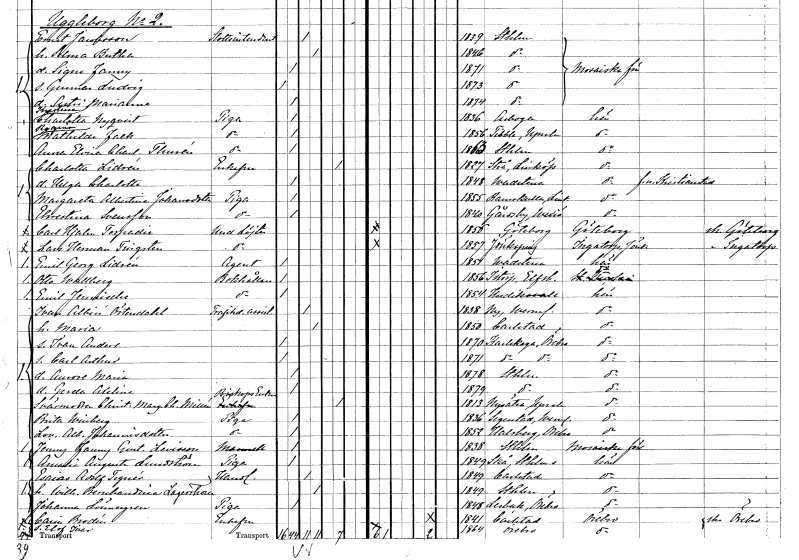
gt_parse: households: individuals: FN: Charlotta
EN: Lidrén
KON: K
CIV: E
FODAR: 1827
FODFORS: Strå Östergötlands län
FN: Helga Charlotta
KON: K
CIV: O
FODAR: 1848
FODFORS: Vadstena Östergötlands län
FN: Margareta Albertina
EN: Johansdotter
YRKE: Piga
KON: K
CIV: O
FODAR: 1855
FODFORS: Rumskulla Kalmar län
FN: Christina
EN: Svensson
YRKE: Piga
KON: K
CIV: O
FODAR: 1840
FODFORS: Gårdsby Kronobergs län
FN: Carl Hjalmar
EN: Torpadie
YRKE: Underlöjtnant
KON: M
CIV: O
FODAR: 1856
FODFORS: Göteborg Göteborgs- och Bohuslän
FN: Lars Herman
EN: Tingsten
YRKE: Underlöjtnant
KON: M
CIV: O
FODAR: 1857
FODFORS: Jönköping Jönköpings län
FN: Emil Georg
EN: Lidrén
YRKE: Agent
KON: M
CIV: O
FODAR: 1851
FODFORS: Vadstena Östergötlands län
FN: Otto
EN: Wallberg
YRKE: Bokhållare
KON: M
CIV: O
FODAR: 1856
FODFORS: Istorp Älvsborgs län
FN: Emil
EN: Jennische
YRKE: Bokhållare
KON: M
CIV: O
FODAR: 1854
FODFORS: Hudiksvall Gävleborgs län
FN: Ivan Albin
EN: Östendahl
YRKE: Trafikdirektörsassistent
KON: M
CIV: G
FODAR: 1838
FODFORS: Ny Värmlands län
FN: Maria
KON: K
CIV: G
FODAR: 1850
FODFORS: Karlstad Värmlands län
FN: Ivan Anders
KON: M
CIV: O
FODAR: 1870
FODFORS: Karlskoga Örebro län
FN: Carl Arthur
KON: M
CIV: O
FODAR: 1871
FODFORS: Karlskoga Örebro län
FN: Aurore Maria
KON: K
CIV: O
FODAR: 1878
FODFORS: Stockholm
FN: Gerda Adelina
KON: K
CIV: O
FODAR: 1879
FODFORS: Stockholm
FN: Christina Margareta Charlotta
EN: Millén
YRKE: Bikopsänka
KON: K
CIV: E
FODAR: 1813
FODFORS: Nysätra Uppsala län
FN: Brita
EN: Winberg
YRKE: Piga
KON: K
CIV: O
FODAR: 1836
FODFORS: Segerstad Värmlands län
FN: Lovisa Albertina
EN: Johannisdotter
YRKE: Piga
KON: K
CIV: O
FODAR: 1852
FODFORS: Hallsberg Örebro län
FN: Jenny Fanny Gustafva
EN: Levisson
KON: K
CIV: O
FODAR: 1838
FODFORS: Stockholm
FN: Amalia Augusta
EN: Sundström
YRKE: Piga
KON: K
CIV: O
FODAR: 1849
FODFORS: Skå Stockholms län
FN: Esaias Adolf
EN: Tegnér
YRKE: Handlande
KON: M
CIV: G
FODAR: 1849
FODFORS: Karlstad Värmlands län
FN: Wilhelmina Bernhardina
EN: Lagerström
KON: K
CIV: G
FODAR: 1849
FODFORS: Stockholm
FN: Johanna
EN: Lönnegren
YRKE: Piga
KON: K
CIV: O
FODAR: 1848
FODFORS: Lerbäck Örebro län
FN: Carin
EN: Brodén
KON: K
CIV: E
FODAR: 1841
FODFORS: Karlstad Värmlands län
FN: Elof Ivar
KON: M
CIV: O
FODAR: 1864
FODFORS: Örebro Örebro län